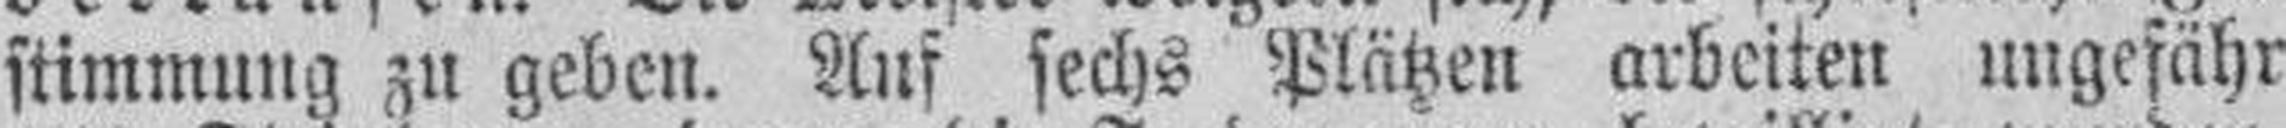
stimmung zu geben. Auf sechs Plätzen arbeiten ungefähr